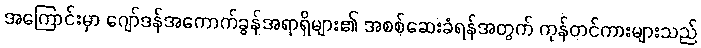
အကြောင်းမှာ ဂျော်ဒန်အကောက်ခွန်အရာရှိများ၏ အစစ်ဆေးခံရန်အတွက် ကုန်တင်ကားများသည်